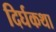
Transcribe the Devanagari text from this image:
दिर्घकथा